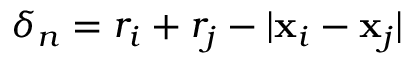
\delta _ { n } = r _ { i } + r _ { j } - | \mathbf { x } _ { i } - \mathbf { x } _ { j } |